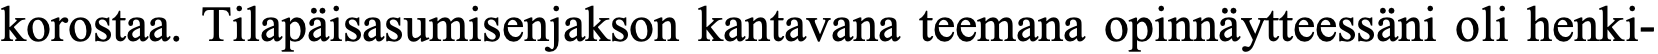
korostaa. Tilapäisasumisenjakson kantavana teemana opinnäytteessäni oli henki-